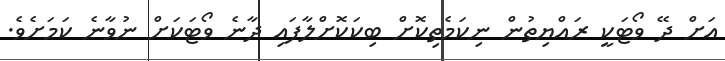
އަށް ދޭ ވޯޓަކީ ރައްޔިތުން ނިކަމެތިކޮށް ބިކަކޮށްލާފައި ދާނެ ވޯޓަކަށް ނުވާނެ ކަމަށެވެ.